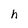
Character: h